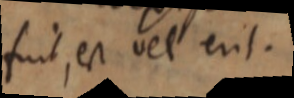
fuit, est vel erit.